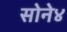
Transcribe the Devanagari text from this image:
सोने४